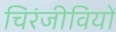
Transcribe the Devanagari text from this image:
चिरंजीवियों